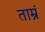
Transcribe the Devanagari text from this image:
ताम्रं